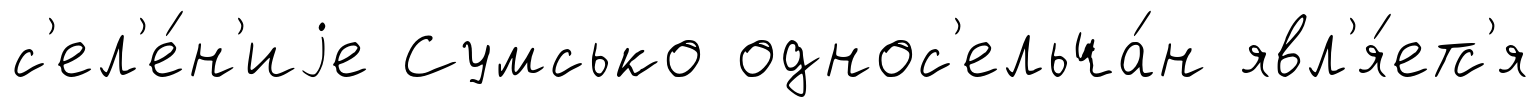
с'ел'е́н'иjе Сумсько однос'ельча́н явл'я́етс'я